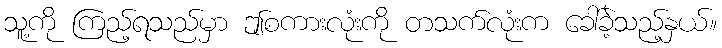
သူ့ကို ကြည့်ရသည်မှာ ဤစကားလုံးကို တသက်လုံးက ခေါ်ခဲ့သည့်နှယ်။